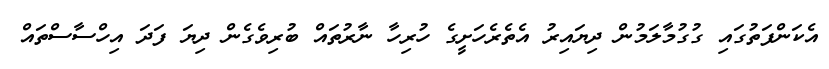
އެކަންފަތުގައި ގުގުމާލަމުން ދިޔައިރު އެތެރެހަށީގެ ހުރިހާ ނާރުތައް ބުރިވެގެން ދިޔަ ފަދަ އިހްސާސްތައް